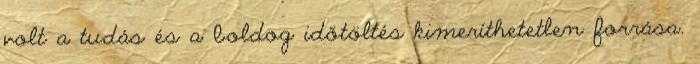
volt a tudás és a boldog időtöltés kimeríthetetlen forrása.